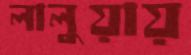
লালুয়ায়